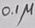
Text: 0.1µ